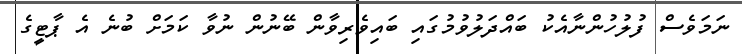
ނަމަވެސް ފުލުހުންނާއެކު ބައްދަލުވުމުގައި ބައިވެރިވާން ބޭނުން ނުވާ ކަމަށް ބުނެ އެ ޕާޓީގެ